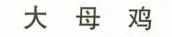
大母鸡